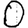
Digit: 0